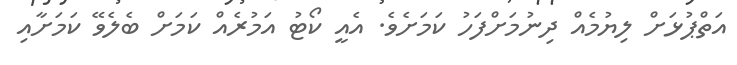
އަތްޕުޅަށް ލިޔުމެއް ދިނުމަށްފަހު ކަމަށެވެ. އެއީ ކޯޓު އަމުރެއް ކަމަށް ބެލެވޭ ކަމަށާއި